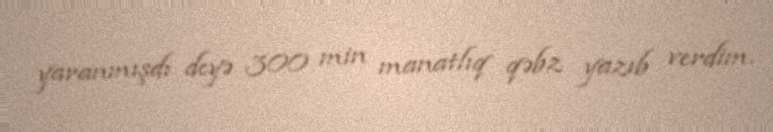
yaranmışdı deyə 300 min manatlıq qəbz yazıb verdim.